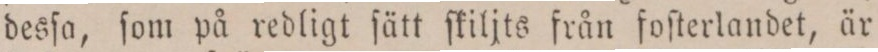
desſa, ſom på redligt ſätt ſkiljts från foſterlandet, är